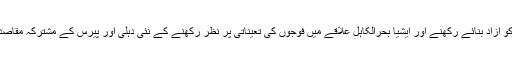
بین الاقوامی تجارت کےلئے اسٹریٹیجیک سمندری راستوں کو آزاد بنائے رکھنے اور ایشیا بحرالکاہل علاقے میں فوجوں کی تعیناتی پر نظر رکھنے کے نئی دہلی اور پیرس کے مشترکہ مقاصد ہیں دونوں کے درمیان معاشی تعلقات بھی بہت اچھے ہیں۔